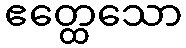
ဧတ္ထေသော